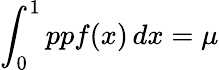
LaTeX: \int_{0}^{1}ppf(x)\, dx=\mu